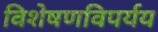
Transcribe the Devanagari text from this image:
विशेषणविपर्यय